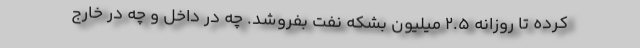
کرده تا روزانه ۲.۵ میلیون بشکه نفت بفروشد. چه در داخل و چه در خارج